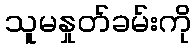
သူမနှုတ်ခမ်းကို